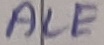
Text: ALE